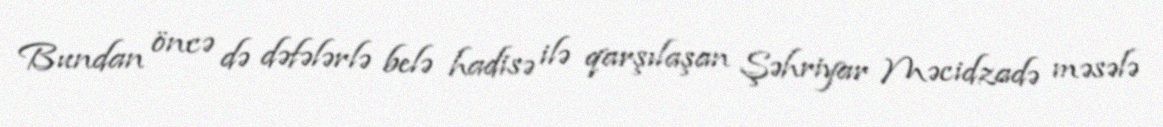
Bundan öncə də dəfələrlə belə hadisə ilə qarşılaşan Şəhriyar Məcidzadə məsələ